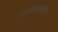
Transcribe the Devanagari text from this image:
मुद्रणालयातील